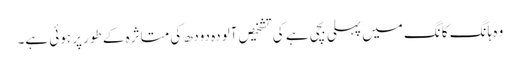
وہ ہانگ کانگ میں پہلی بچی ہے کی تشخیص آلودہ دودھ کی متاثرہ کے طور پر ہوئی ہے۔